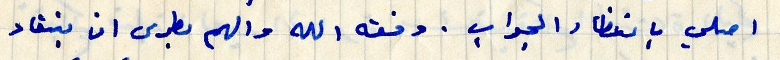
اصلي بانتظار الجواب . وفقه الله والهم بطرس ان ينقاد